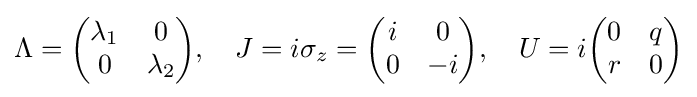
\Lambda ={\begin{pmatrix}\lambda _{1}&0\\0&\lambda _{2}\end{pmatrix}},\quad J=i\sigma _{z}={\begin{pmatrix}i&0\\0&-i\end{pmatrix}},\quad U=i{\begin{pmatrix}0&q\\r&0\end{pmatrix}}